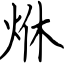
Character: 烌